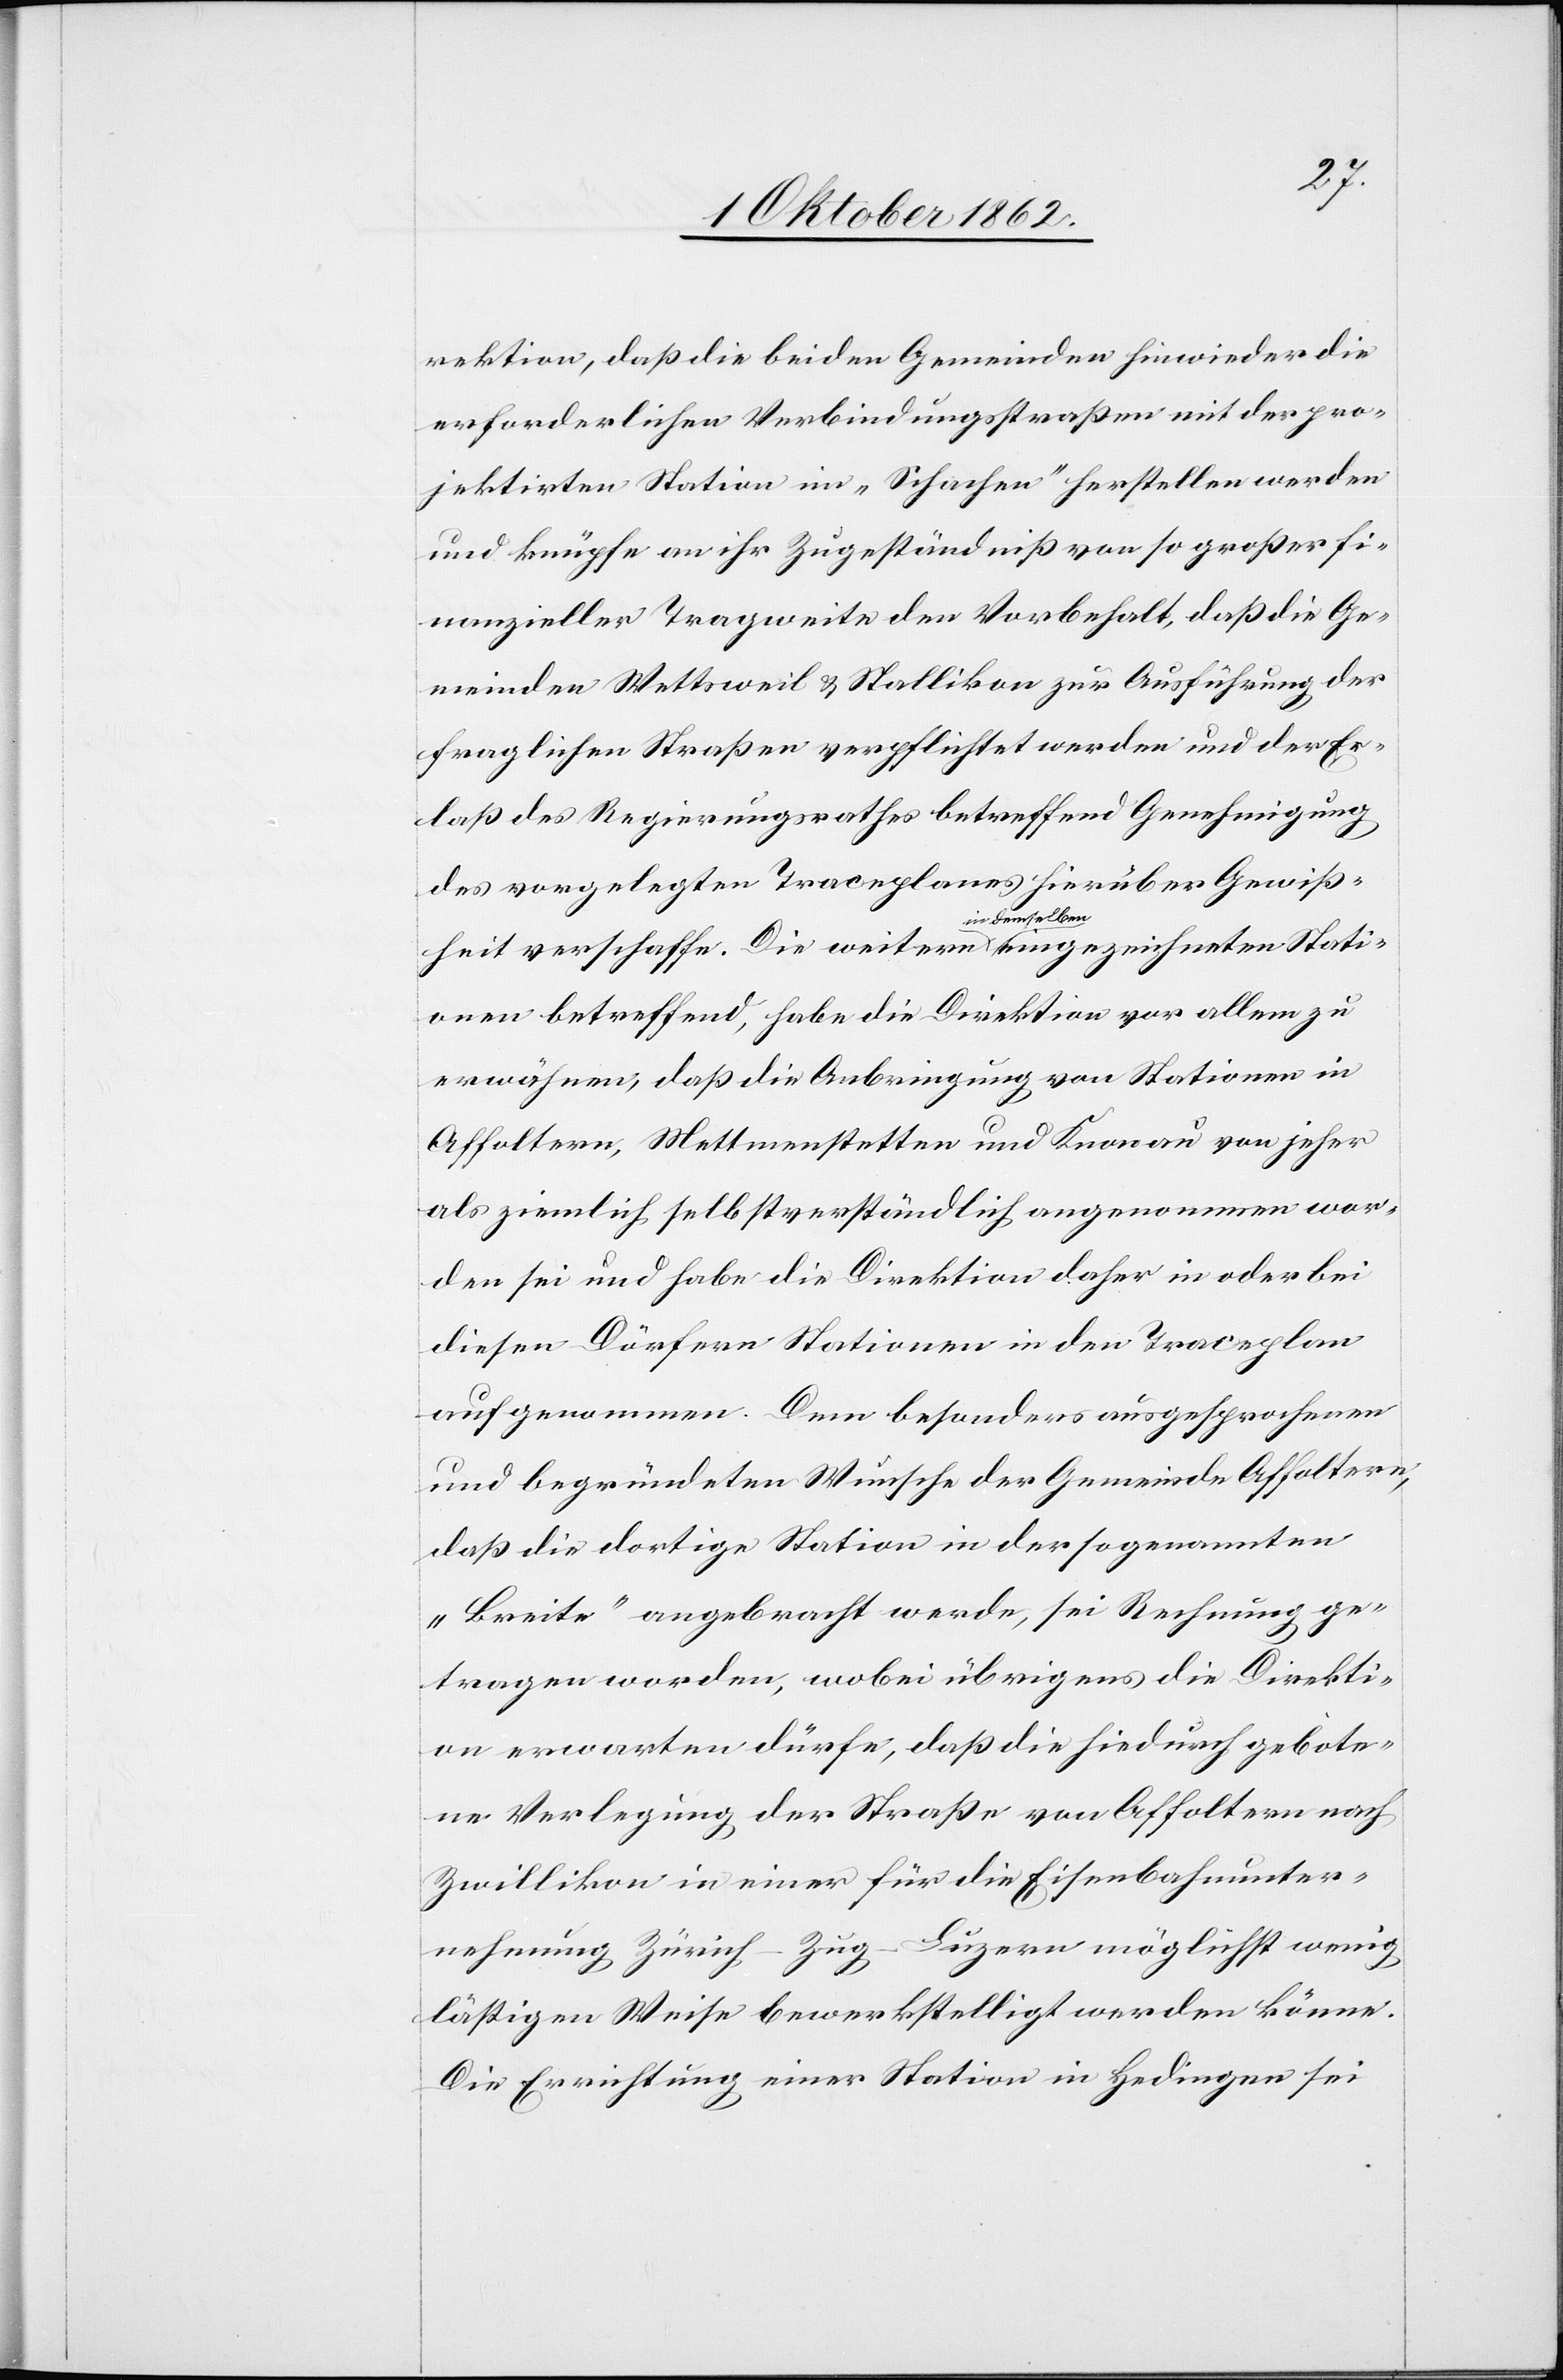
rektion, daß die beiden Gemeinden hinwieder die
erforderlichen Verbindungsstraßen mit der pro¬
jektirten Station im „Schachen“ herstellen werden
und knüpfe an ihr Zugeständniß von so großer fi¬
nanzieller Tragseite den Vorbehalt, daß die Ge¬
meinden Wettsweil u. Stallikon zur Ausführung der
fraglichen Straßen verpflichtet werden und der Er¬
laß des Regierungsrathes betreffend Genehmigung
des vorgelegten Traceplanes hierüber Gewiß¬
heit verschaffe. Die weitern in demselben eingezeichneten Stati¬
onen betreffend, habe die Direktion vor allem zu
erwähnen, daß die Anbringung von Stationen in
Affoltern, Mettmenstetten und Knonau von jeher
als ziemlich selbstverständlich angenommen wor¬
den sei und habe die Direktion daher in oder bei
diesen Dörfern Stationen in den Traceplan
aufgenommen. Dem besonders ausgesprochenen
und begründeten Wunsche der Gemeinde Affoltern,
daß die dortige Station in der sogenannten
„Breite“ angebracht werde, so sei Rechnung ge¬
tragen worden, wobei übrigens die Direkti¬
on erwarten dürfe, daß die hiedurch gebote¬
ne Verlegung der Straße von Affoltern nach
Zwillikon in einer für die Eisenbahnunter¬
nehmung Zürich–Zug–Luzern möglichst wenig
lästigen Weise bewerkstelligt werden könne.
Die Errichtung einer Station in Hedingen sei